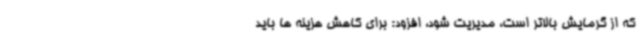
که از گرمایش بالاتر است، مدیریت شود، افزود: برای کاهش هزینه ها باید